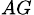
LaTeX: _{AG}